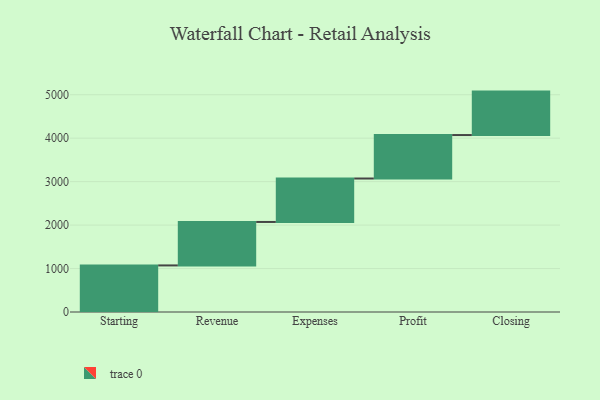
{"axis": {"x": "Step", "y": "Value"}, "legend": [""], "data": [{"x": "Starting", "y": 1072.0, "type": ""}, {"x": "Revenue", "y": 1000, "type": ""}, {"x": "Expenses", "y": 1000, "type": ""}, {"x": "Profit", "y": 1000, "type": ""}, {"x": "Closing", "y": 1000, "type": ""}]}